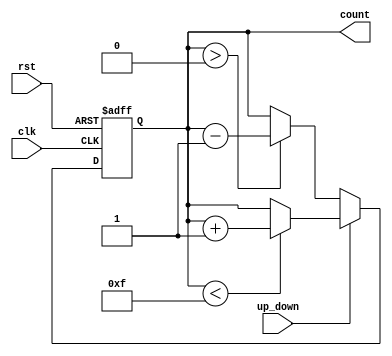
module UpDownCounter (
    input wire clk,         // Clock signal
    input wire rst,         // Asynchronous reset
    input wire up_down,     // Control signal for counting up or down
    output reg [3:0] count  // 4-bit binary count output
);

    // Asynchronous reset
    always @(posedge clk or posedge rst) begin
        if (rst) begin
            count <= 4'b0000;  // Reset count to 0
        end else begin
            // Count up or down based on the up_down signal
            if (up_down) begin
                if (count < 4'b1111) begin
                    count <= count + 1; // Increment count
                end
            end else begin
                if (count > 4'b0000) begin
                    count <= count - 1; // Decrement count
                end
            end
        end
    end
endmodule